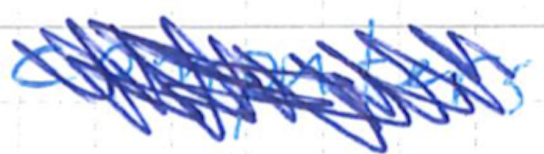
Text: computers.
Cross-out: scratch
Writing tool: ballpoint